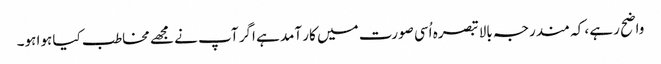
واضح رہے ، کہ مندرجہ بالا تبصرہ اُسی صورت میں کار آمد ہے اگر آپ نے مجھے مخاطب کیا ہوا ہو۔